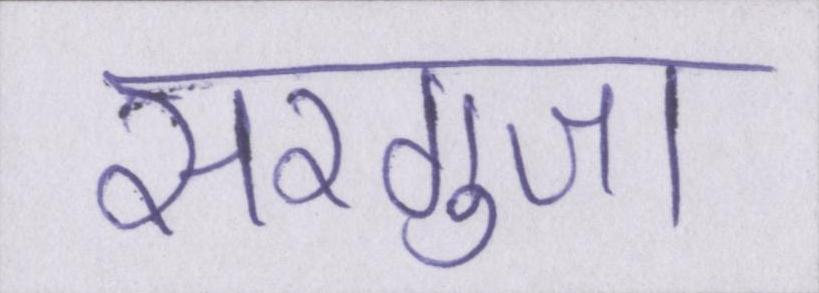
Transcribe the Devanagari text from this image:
सरगुजा